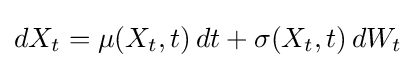
dX_{t}=\mu (X_{t},t)\,dt+\sigma (X_{t},t)\,dW_{t}